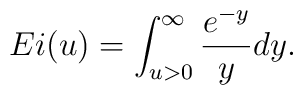
Ei(u)=\int_{u>0}^\infty\frac{e^{-y}}{y}dy.